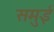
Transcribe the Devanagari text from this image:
समुई